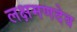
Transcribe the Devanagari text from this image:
लक्षमणदेव